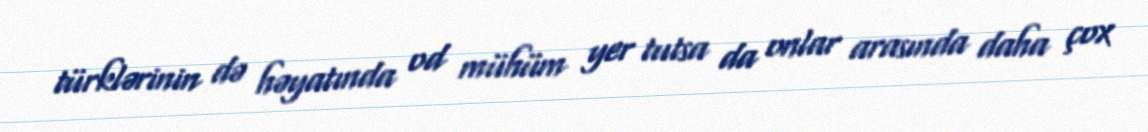
türklərinin də həyatında od mühüm yer tutsa da onlar arasında daha çox